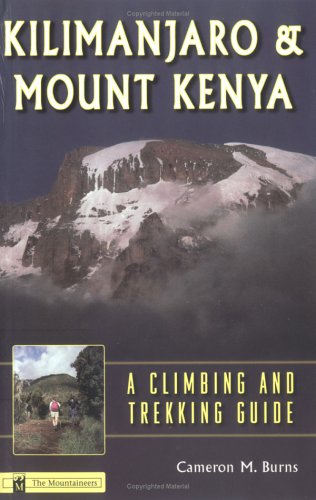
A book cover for Kilimanjaro & Mount Kenya: A Climbing and Trekking Guide; Cameron M. Burns; Travel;